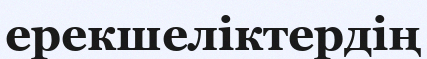
ерекшеліктердің